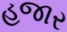
હજાર